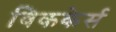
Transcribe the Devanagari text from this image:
विककेर्स